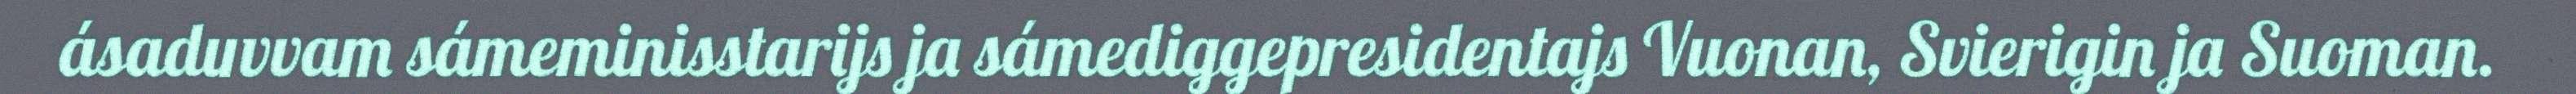
ásaduvvam sámeminisstarijs ja sámediggepresidentajs Vuonan, Svierigin ja Suoman.